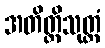
အတိတ္တိသုတ္တံ